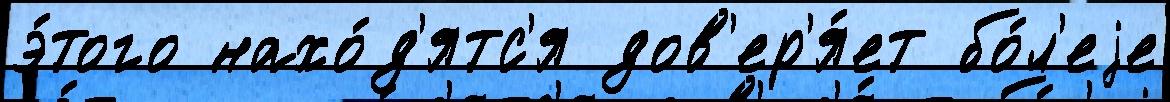
э́того нахо́д'ятс'я дов'ер'я́ет бо́л'еjе